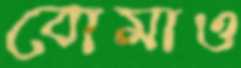
বোমাও